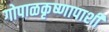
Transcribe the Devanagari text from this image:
गोपाळकृष्णापाशी